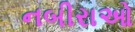
નબીરાઓ